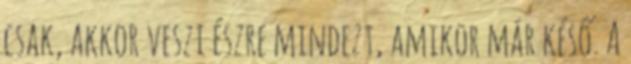
csak, akkor veszi észre mindezt, amikor már késő. A